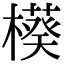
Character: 𬄲